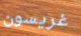
غريسون